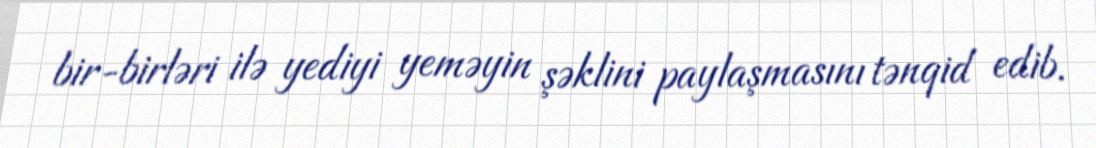
bir-birləri ilə yediyi yeməyin şəklini paylaşmasını tənqid edib.